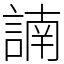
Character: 諵